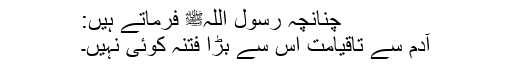
چنانچہ رسول اللہﷺ فرماتے ہیں:
آدم سے تاقیامت اس سے بڑا فتنہ کوئی نہیں۔